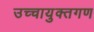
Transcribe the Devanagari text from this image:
उच्चायुक्तगण